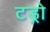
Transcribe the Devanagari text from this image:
टड्रो